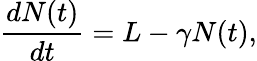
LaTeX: \frac{dN(t)}{dt}=L-\gamma N(t),